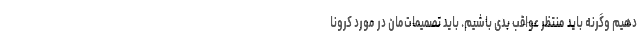
دهیم وگرنه باید منتظر عواقب بدی باشیم. باید تصمیمات‌مان در مورد کرونا